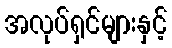
အလုပ်ရှင်များနှင့်